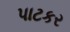
પાટકર